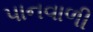
પાનવાળી